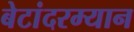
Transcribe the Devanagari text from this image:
बेटांदरम्यान